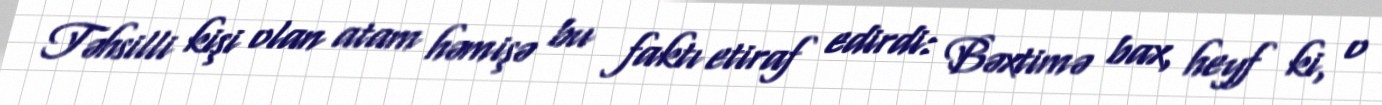
Təhsilli kişi olan atam həmişə bu faktı etiraf edirdi: Bəxtimə bax, heyf ki, o